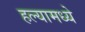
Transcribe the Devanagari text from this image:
हल्यामध्ये